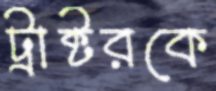
ট্রাক্টরকে